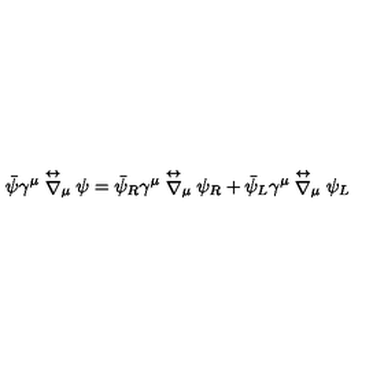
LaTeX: { \bar { \psi } } \gamma ^ { \mu } \stackrel { \leftrightarrow } { \nabla } _ { \mu } \psi = { \bar { \psi } _ { R } } \gamma ^ { \mu } \stackrel { \leftrightarrow } { \nabla } _ { \mu } \psi _ { R } + { \bar { \psi } _ { L } } \gamma ^ { \mu } \stackrel { \leftrightarrow } { \nabla } _ { \mu } \psi _ { L }